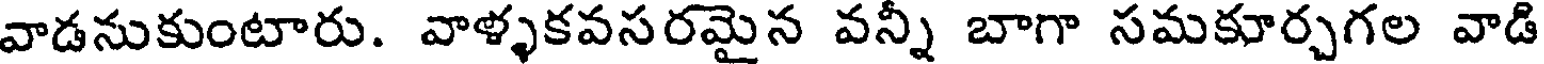
వాడనుకుంటారు. వాళ్ళకవసరమైన వన్ని బాగా సమకూర్చగల వాడి